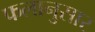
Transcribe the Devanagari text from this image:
फलानुसार